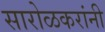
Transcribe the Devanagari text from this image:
सारोळकरांनी